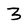
Character: 3